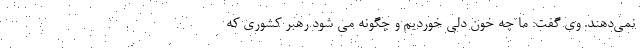
نمی‌دهند. وی گفت: ما چه خون دلی خوردیم و چگونه می شود رهبر کشوری که